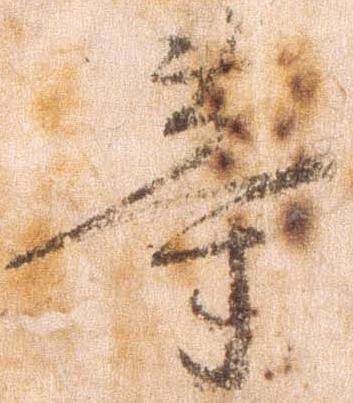
等